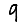
Digit: 9